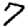
Digit: 7